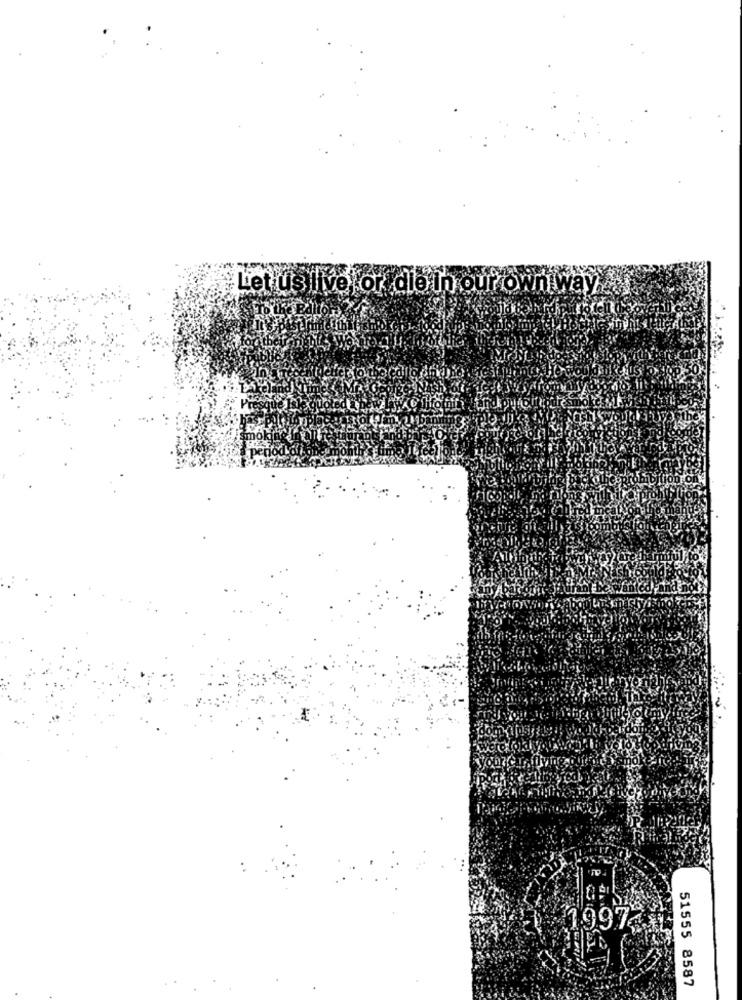
Let usilve or dibt
1997-
51555 8587